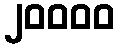
၂၀၀၀၀